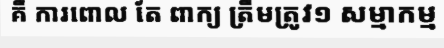
គឺ ការពោល តែ ពាក្យ ត្រឹមត្រូវ១ សម្មាកម្ម